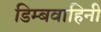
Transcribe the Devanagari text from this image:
डिम्बवाहिनी